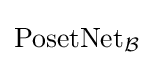
\operatorname {PosetNet} _{\mathcal {B}}